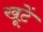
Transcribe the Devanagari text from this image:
खूटें